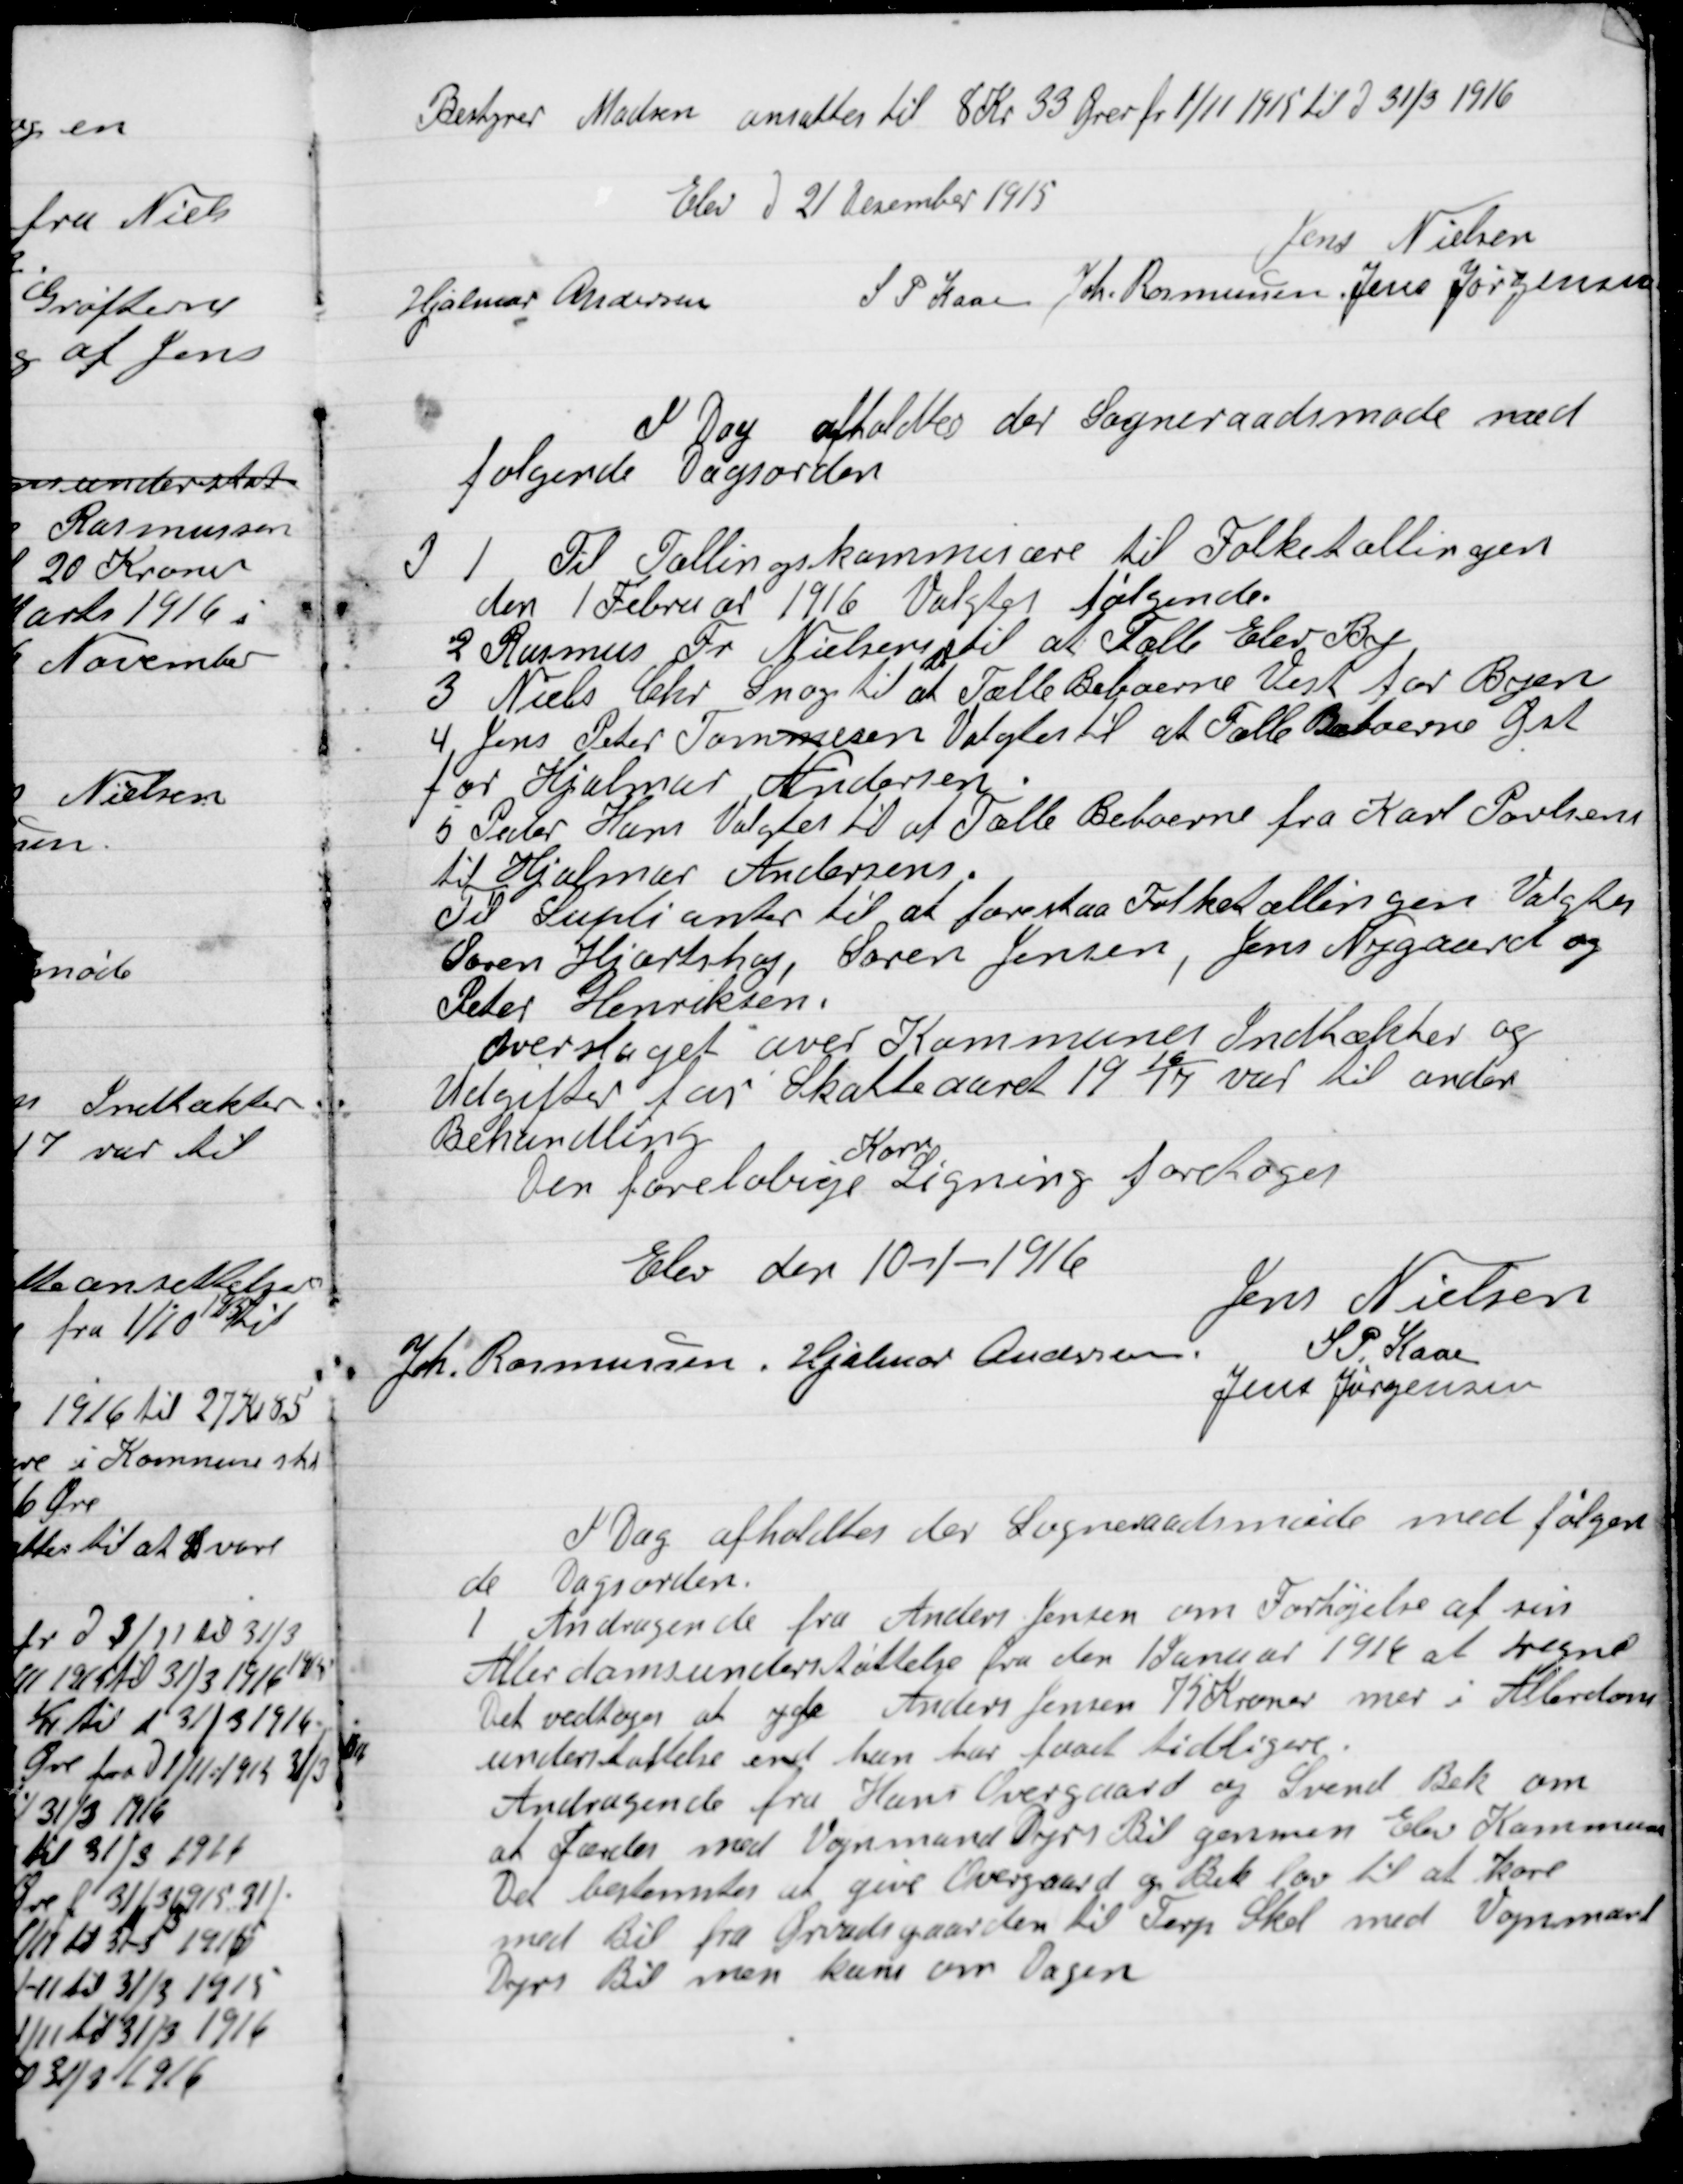
Transskription:
Bestyrer Madsen ansattes til 8 Kr. 33 Øre fra 1/11 1915 til D. 31/3 1916

Elev D. 21 December 1915

Jens Nielsen
Hjalmar Andersen
S. P. Kaae
Joh. Rasmussen
Jens Jørgensen

I Dag afholdtes der Sogneraads møde med
følgende Dagsorden.

P 1

Til Tællingskommisærer til Folketællingen
Den 1. Februar 1916 Valgtes følgende

2

Rasmus Fr. Nielsen til at Tælle Elev By

3

Niels Chr. Snog til at Tælle Beboerne Vest for Byen

4

Jens Peter Tomsen Valgtes til at Tælle Beboerne Øst
for Hjalmar Andersen.

5

Peder Ham Valgtes til at Tælle Beboerne fra Karl Poulsen
til Hjalmar Andersen
Til Suppleanter til at forestaa Folketællingen Valgtes
Søren Hjortshøj, Søren Jensen, Jens Nygaard og
Peter Henriksen.
Overslaget over Kommunens Indtækter og
Udgifter for Skatteaaret 1916-17 var til anden
Behandling.
Den foreløbige
Korn
Ligning foretoges.

Elev den 10-1-1916

Jens Nielsen
Joh. Rasmussen
Hjalmar Andersen
S. P. Kaae
Jens Jørgensen

I Dag afholdtes der Sogneraadsmøde med følgen-
de Dagsorden.

1

Andragende fra Anders Jensen om Forhøjelse af sin
Alderdomsunderstøttelse fra den 1. Januar 1916 at regne
Det vedtoges at yde Anders Jensen 75 Kroner mere i Alderdoms-
understøttelse som han har faaet tidligere.

Andragende fra Hans Overgaard og Svend Bek om
at Færdes med Vognmand Dyrs Bil gennem Elev Kommune
Det bestemtes at give Overgaard og Bek lov til at køre
med bil fra Overgaard til Terp Skel med Vognmand
Dyrs Bil men kun om Dagen.